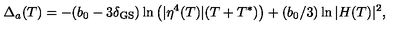
\Delta _ { a } ( T ) = - ( b _ { 0 } - 3 \delta _ { \mathrm { G S } } ) \ln \left( | \eta ^ { 4 } ( T ) | ( T + T ^ { * } ) \right) + ( b _ { 0 } / 3 ) \ln | H ( T ) | ^ { 2 } ,